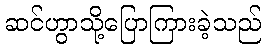
ဆင်ဟွာသို့ပြောကြားခဲ့သည်